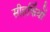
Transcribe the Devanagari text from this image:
सीहर्फियों